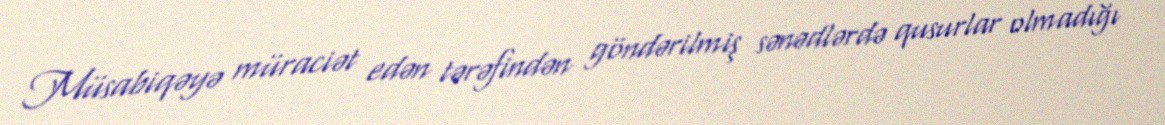
Müsabiqəyə müraciət edən tərəfindən göndərilmiş sənədlərdə qusurlar olmadığı